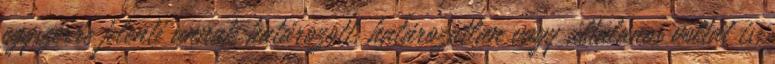
egyszerre jelenti annak határozott, határozatlan vagy általános voltát is,